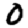
Digit: 0